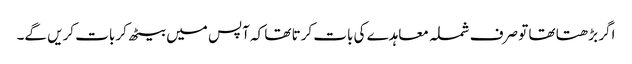
اگر بڑھتا تھا تو صرف شملہ معاہدے کی بات کرتا تھا کہ آپس میں بیٹھ کر بات کریں گے۔